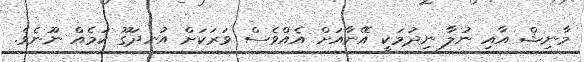
މާނިޝް އާއި ނުލާ ނިދުމަކީ އޭނާއަށް އެއްވެސް ވަރަކަށް އުނދަގޫ ކަމެއް ނޫނެވެ.